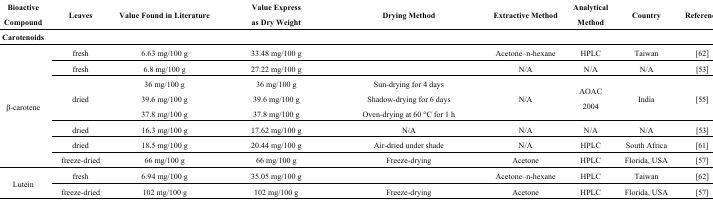
<table><thead><tr><td><b>Bioactive Compound</b></td><td><b>Leaves</b></td><td><b>Value Found in Literature</b></td><td><b>Value Express as Dry Weight</b></td><td><b>Drying Method</b></td><td><b>Extractive Method</b></td><td><b>Analytical Method</b></td><td><b>Country</b></td><td><b>Reference</b></td></tr></thead><tbody><tr><td><b>Carotenoids</b></td><td>[EMPTY_CELL]</td><td>[EMPTY_CELL]</td><td>[EMPTY_CELL]</td><td>[EMPTY_CELL]</td><td>[EMPTY_CELL]</td><td>[EMPTY_CELL]</td><td>[EMPTY_CELL]</td><td>[EMPTY_CELL]</td></tr><tr><td rowspan="8">β-carotene</td><td>fresh</td><td>6.63 mg/100 g</td><td>33.48 mg/100 g</td><td>[EMPTY_CELL]</td><td>Acetone–n-hexane</td><td>HPLC</td><td>Taiwan</td><td>[62]</td></tr><tr><td>fresh</td><td>6.8 mg/100 g</td><td>27.22 mg/100 g</td><td>[EMPTY_CELL]</td><td>N/A</td><td>N/A</td><td>N/A</td><td>[53]</td></tr><tr><td rowspan="3">dried</td><td>36 mg/100 g</td><td>36 mg/100 g</td><td>Sun-drying for 4 days</td><td rowspan="3">N/A</td><td rowspan="3">AOAC 2004</td><td rowspan="3">India</td><td rowspan="3">[55]</td></tr><tr><td>39.6 mg/100 g</td><td>39.6 mg/100 g</td><td>Shadow-drying for 6 days</td></tr><tr><td>37.8 mg/100 g</td><td>37.8 mg/100 g</td><td>Oven-drying at 60 °C for 1 h</td></tr><tr><td>dried</td><td>16.3 mg/100 g</td><td>17.62 mg/100 g</td><td>N/A</td><td>N/A</td><td>N/A</td><td>N/A</td><td>[53]</td></tr><tr><td>dried</td><td>18.5 mg/100 g</td><td>20.44 mg/100 g</td><td>Air-dried under shade</td><td>N/A</td><td>HPLC</td><td>South Africa</td><td>[61]</td></tr><tr><td>freeze-dried</td><td>66 mg/100 g</td><td>66 mg/100 g</td><td>Freeze-drying</td><td>Acetone</td><td>HPLC</td><td>Florida, USA</td><td>[57]</td></tr><tr><td rowspan="2">Lutein</td><td>fresh</td><td>6.94 mg/100 g</td><td>35.05 mg/100 g</td><td>[EMPTY_CELL]</td><td>Acetone–n-hexane</td><td>HPLC</td><td>Taiwan</td><td>[62]</td></tr><tr><td>freeze-dried</td><td>102 mg/100 g</td><td>102 mg/100 g</td><td>Freeze-drying</td><td>Acetone</td><td>HPLC</td><td>Florida, USA</td><td>[57]</td></tr></tbody></table>